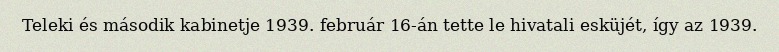
Teleki és második kabinetje 1939. február 16-án tette le hivatali esküjét, így az 1939.